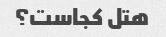
هتل کجاست؟